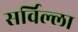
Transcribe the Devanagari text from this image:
सर्विल्ला